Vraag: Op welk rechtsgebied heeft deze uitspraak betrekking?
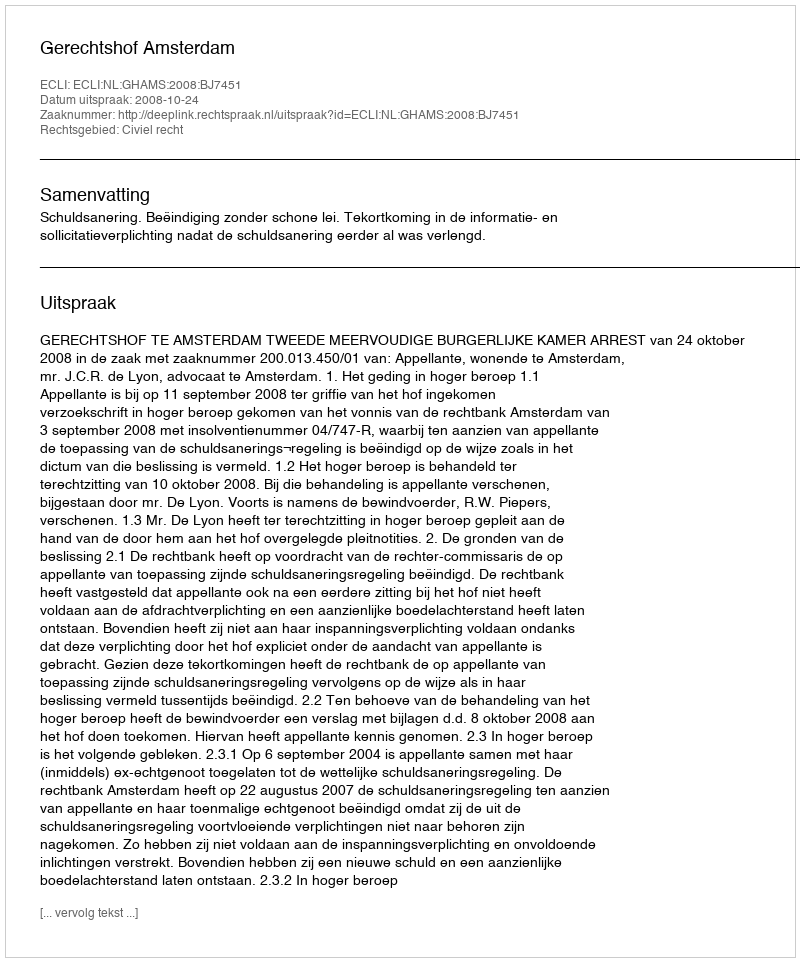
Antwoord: Civiel recht